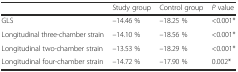
<table><thead><tr><td></td><td><b>Study group</b></td><td><b>Control group</b></td><td><b><i>P</i> value</b></td></tr></thead><tbody><tr><td>GLS</td><td>–14.46 %</td><td>–18.25 %</td><td>&lt;0.001*</td></tr><tr><td>Longitudinal three-chamber strain</td><td>–14.10 %</td><td>–18.56 %</td><td>&lt;0.001*</td></tr><tr><td>Longitudinal two-chamber strain</td><td>–13.53 %</td><td>–18.29 %</td><td>&lt;0.001*</td></tr><tr><td>Longitudinal four-chamber strain</td><td>–14.72 %</td><td>–17.90 %</td><td>0.002*</td></tr></tbody></table>